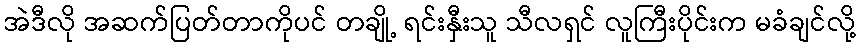
အဲဒီလို အဆက်ပြတ်တာကိုပင် တချို့ ရင်းနှီးသူ သီလရှင် လူကြီးပိုင်းက မခံချင်လို့